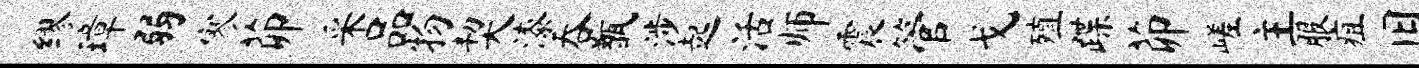
缪璋弱寥茆采品物契漆吞甑涉起活师震管戈殖蹀茆嵯主服疽旧